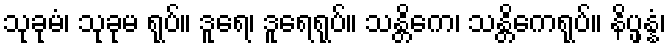
သုခုမံ၊ သုခုမ ရုပ်။ ဒူရေ၊ ဒူရေရုပ်။ သန္တိကေ၊ သန္တိကေရုပ်။ နိပ္ဖန္နံ၊